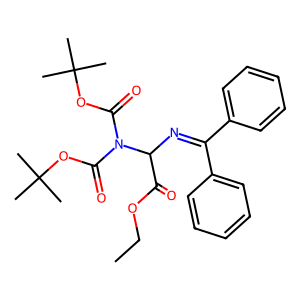
SMILES: CCOC(=O)C(N=C(c1ccccc1)c1ccccc1)N(C(=O)OC(C)(C)C)C(=O)OC(C)(C)C
Inhibits HIV replication: No